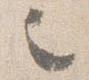
之